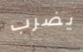
يضرب